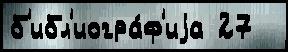
б'ибл'иогра́ф'иjа 27